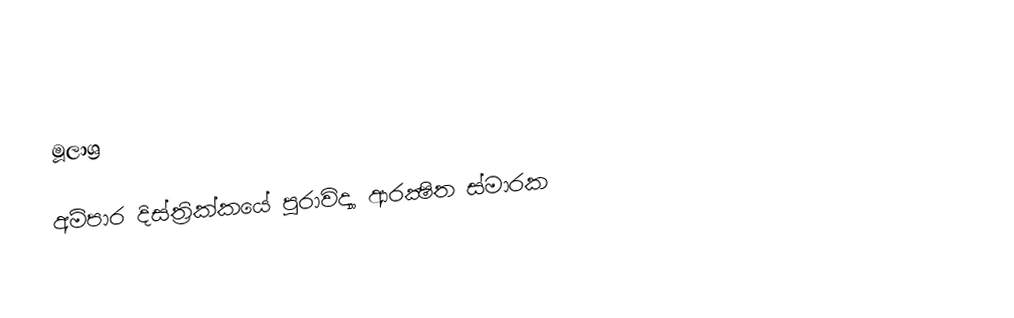

මූලාශ්‍ර

අම්පාර දිස්ත්‍රික්කයේ පුරාවිද්‍යා ආරක්‍ෂිත ස්මාරක‎